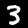
Label: 3